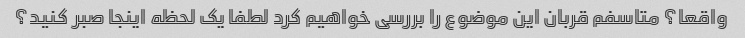
واقعا؟ متاسفم قربان این موضوع را بررسی خواهیم کرد لطفا یک لحظه اینجا صبر کنید؟